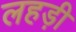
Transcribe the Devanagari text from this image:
लहड़ी